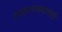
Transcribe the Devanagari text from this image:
साम्राज्यवादासाठी